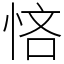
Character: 悋